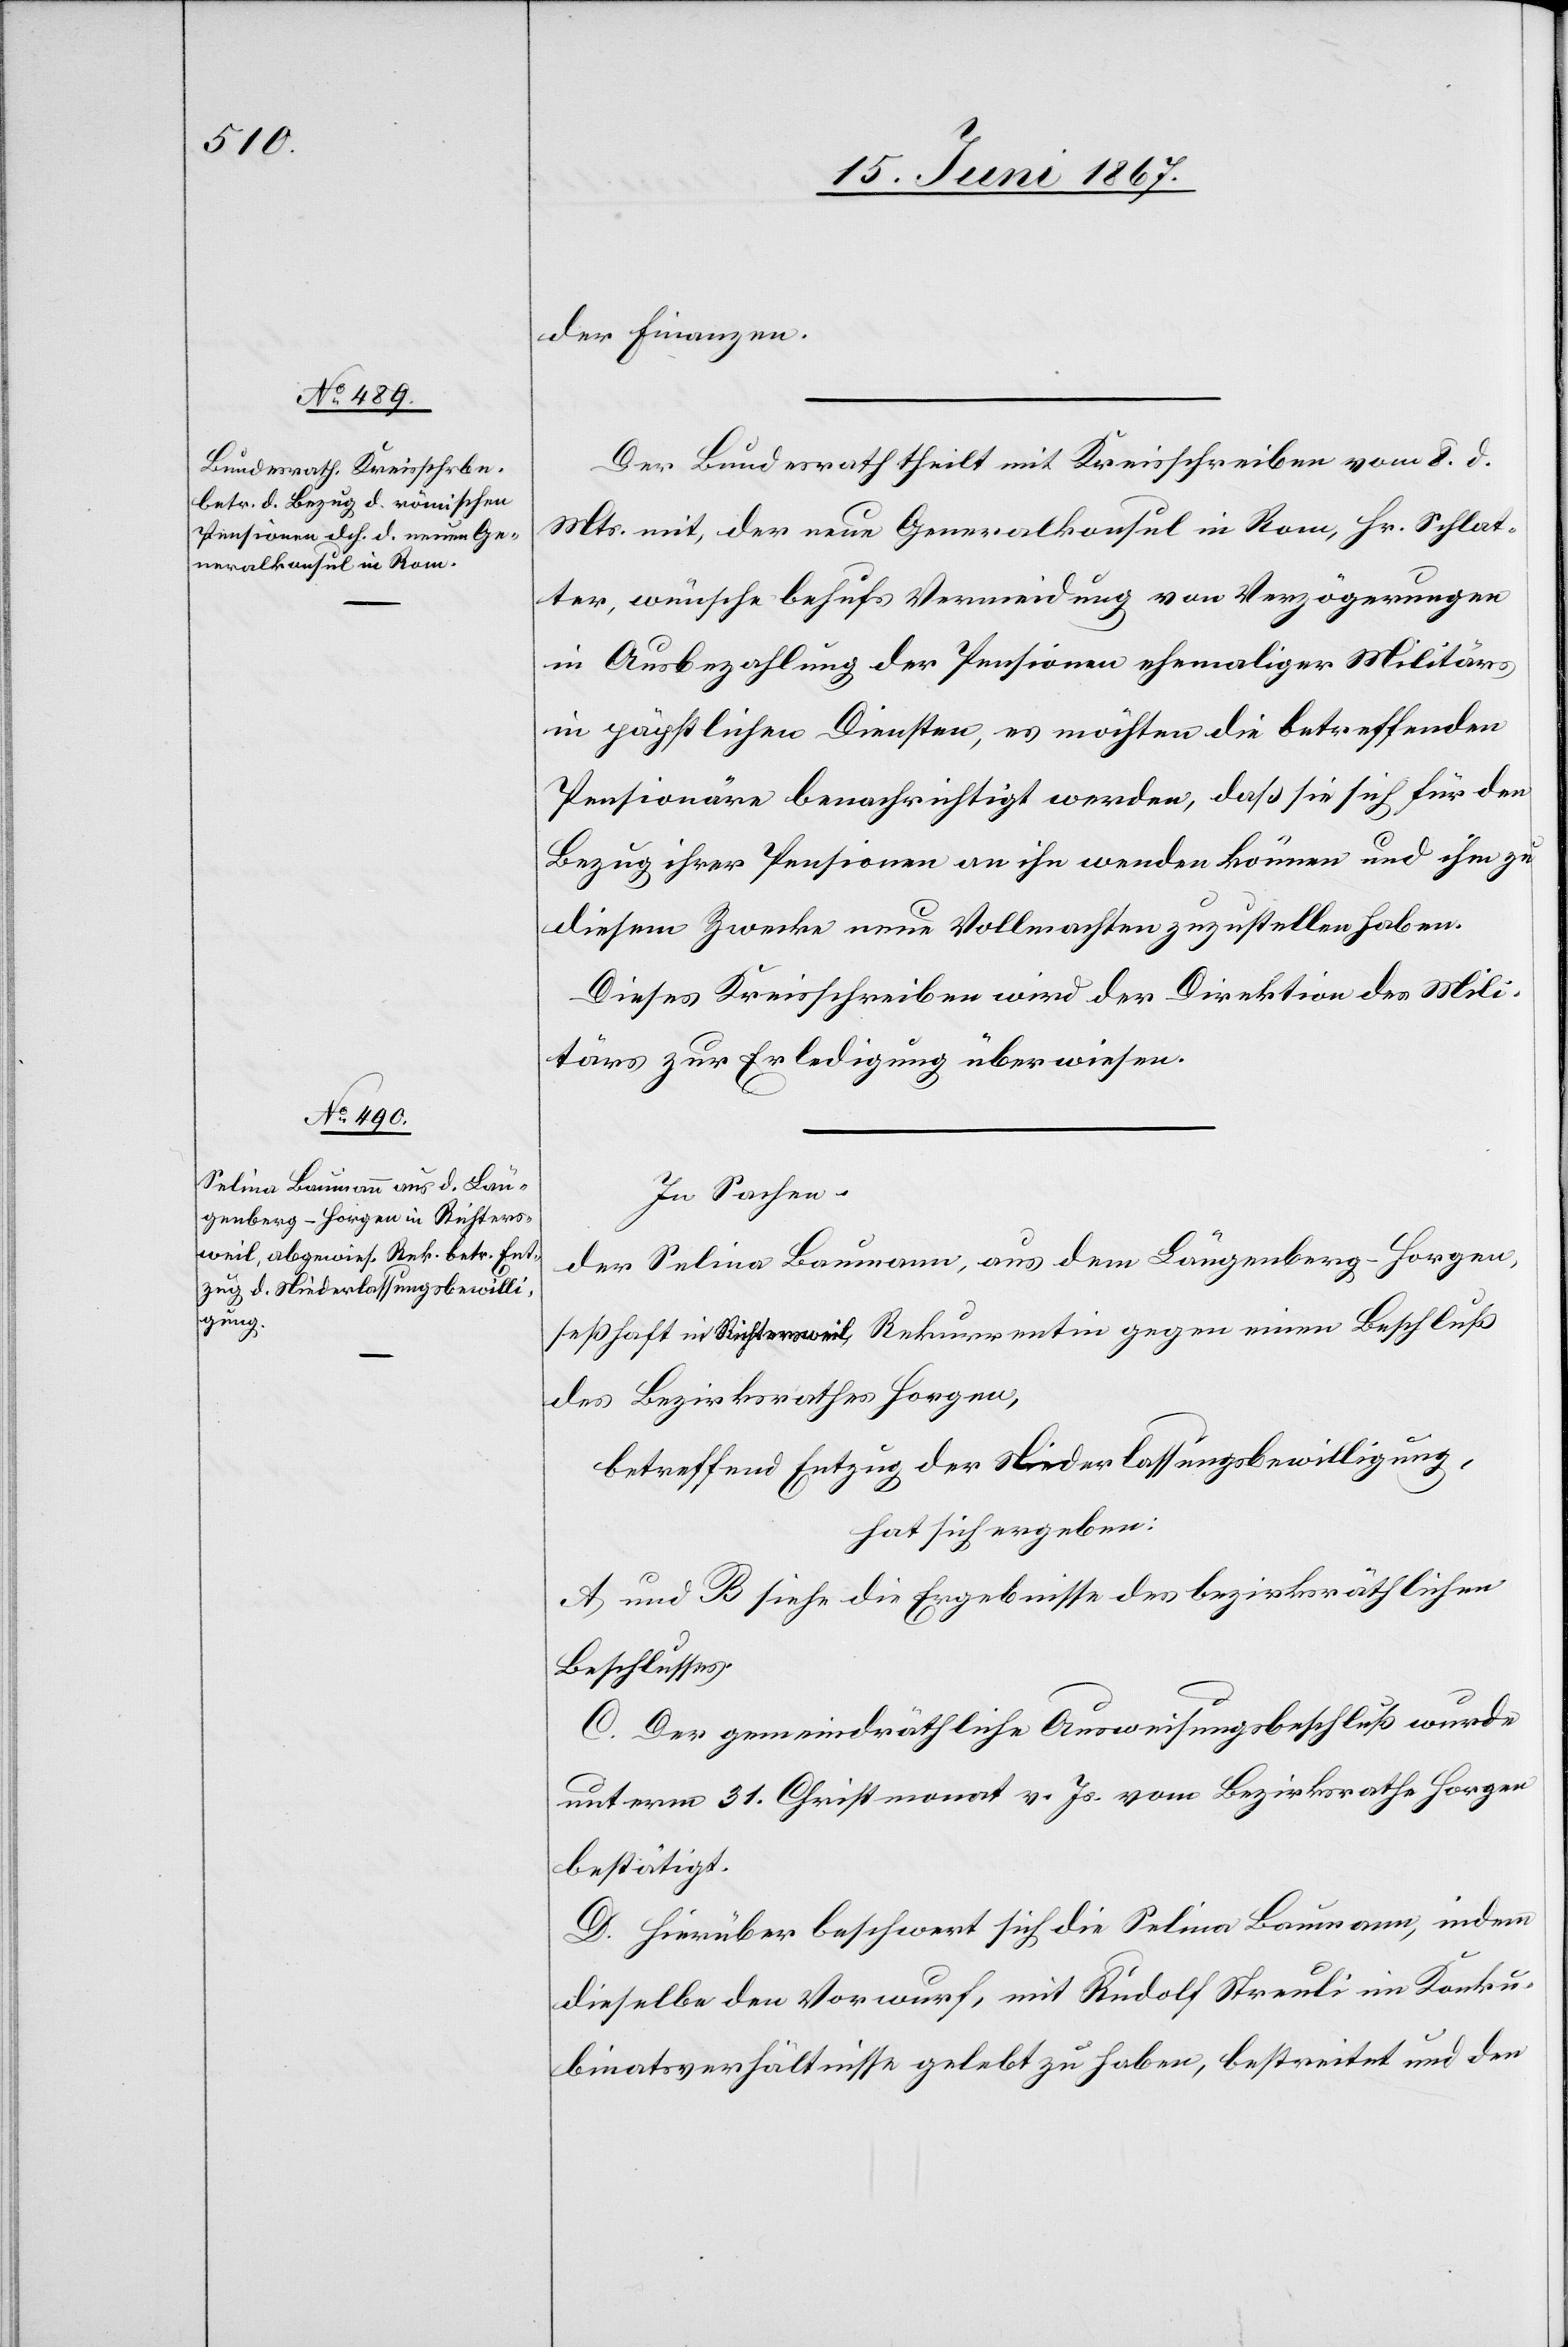
der Finanzen.
Der Bundesrath theilt mit Kreisschreiben vom 8. d.
Mts. mit, der neue Generalkonsul in Rom, Hr. Schlat¬
ter, wünsche behufs Vermeidung von Verzögerungen
in Ausbezahlung der Pensionen ehemaliger Militärs
in päpstlichen Diensten, es möchten die betreffenden
Pensionäre benachrichtiget werden, daß sie sich für den
Bezug ihrer Pensionen an ihn wenden können und ihm zu
diesem Zwecke neue Vollmachten zuzustellen haben.
Dieses Kreisschreiben wird der Direktion des Mili¬
tärs zur Erledigung überwiesen.
In Sachen
der Selina Baumann, aus dem Laugenberg-Horgen,
seßhaft in Richtersweil, Rekurrentin gegen einen Beschluß
des Bezirksrathes Horgen,
betreffend Entzug der Niederlassungsbewilligung,
hat sich ergeben:
A und B siehe die Ergebnisse des bezirksräthlichen
Beschlusses.
C. Der gemeindräthliche Ausweisungsbeschluß wurde
unterm 31. Christmonat v. Js. vom Bezirksrathe Horgen
bestätigt.
D. Hierüber beschwert sich die Selina Baumann, indem
dieselbe den Vorwurf, mit Rudolf Streuli im Konku¬
binatsverhältnisse gelebt zu haben, bestreitet und den